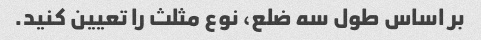
بر اساس طول سه ضلع، نوع مثلث را تعیین کنید.